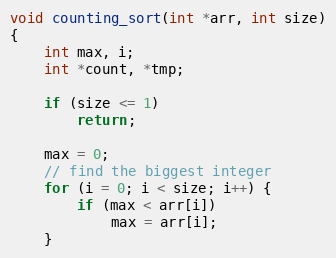
Language: C
void counting_sort(int *arr, int size)
{
	int max, i;
	int *count, *tmp;

	if (size <= 1)
		return;

	max = 0;
	// find the biggest integer
	for (i = 0; i < size; i++) {
		if (max < arr[i])
			max = arr[i];
	}